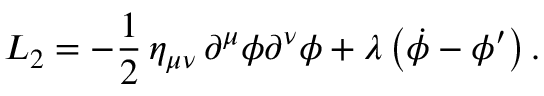
{ \cal L } _ { 2 } = - { \frac { 1 } { 2 } } \, \eta _ { \mu \nu } \, \partial ^ { \mu } \phi \partial ^ { \nu } \phi + \lambda \, \bigl ( \dot { \phi } - \phi ^ { \prime } \bigr ) \, .